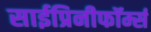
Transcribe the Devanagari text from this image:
साईप्रिनीफॉर्म्स